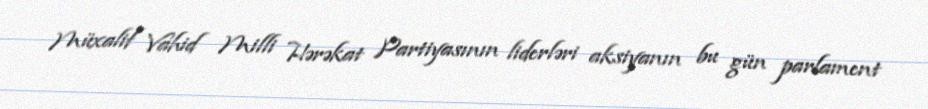
Müxalif Vahid Milli Hərəkat Partiyasının liderləri aksiyanın bu gün parlament